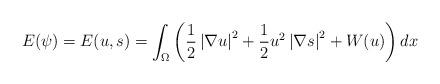
LaTeX: \begin{align*}E(\psi )=E(u,s)=\int \nolimits_{\Omega }\left( \frac{1}{2}\left \vert\nabla u\right \vert ^{2}+\frac{1}{2}u^{2}\left \vert \nabla s\right \vert^{2}+W(u)\right) dx \end{align*}